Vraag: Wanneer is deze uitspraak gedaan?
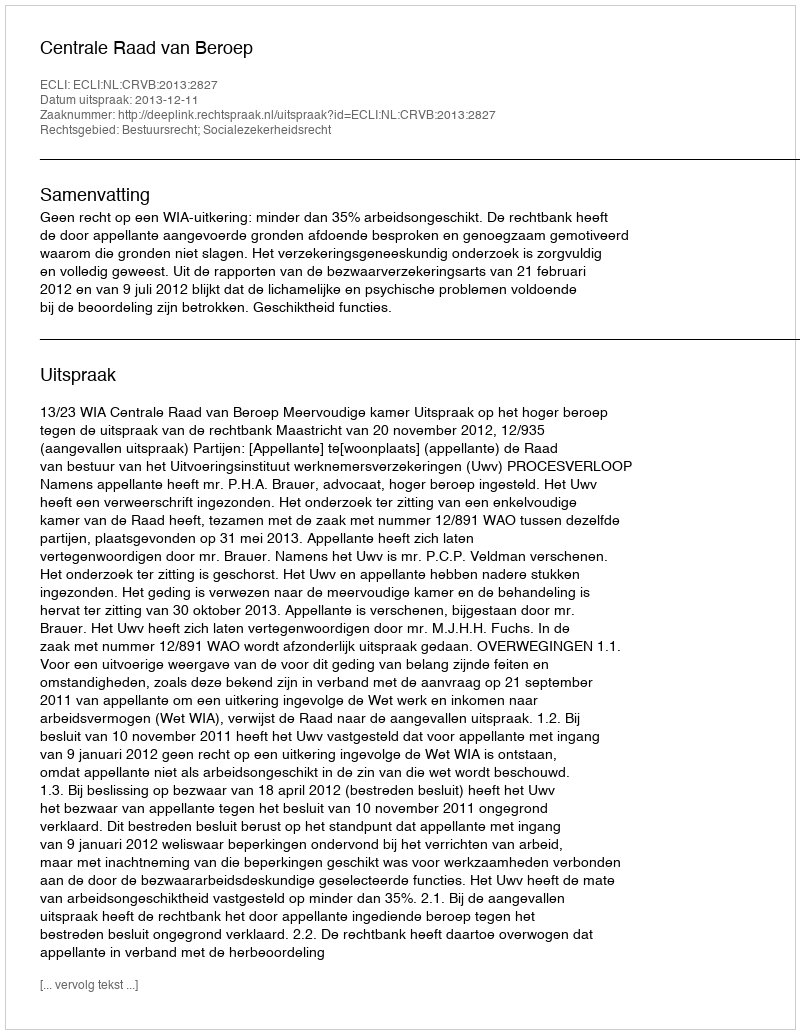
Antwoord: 2013-12-11